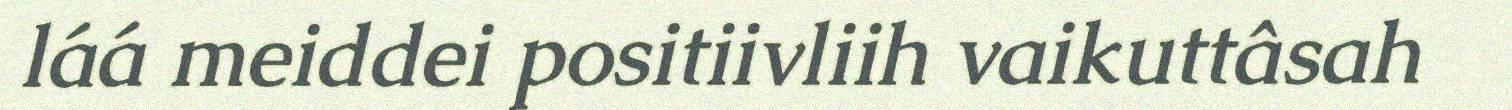
láá meiddei positiivliih vaikuttâsah